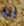
انا